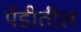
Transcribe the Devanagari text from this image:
पेंडीतील